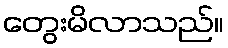
တွေးမိလာသည်။